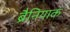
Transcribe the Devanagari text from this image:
ब्रैनियाक